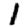
Digit: 1